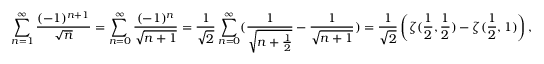
\sum _ { n = 1 } ^ { \infty } \frac { ( - 1 ) ^ { n + 1 } } { \sqrt { n } } = \sum _ { n = 0 } ^ { \infty } \frac { ( - 1 ) ^ { n } } { \sqrt { n + 1 } } = \frac { 1 } { \sqrt { 2 } } \sum _ { n = 0 } ^ { \infty } ( \frac { 1 } { \sqrt { n + \frac { 1 } { 2 } } } - \frac { 1 } { \sqrt { n + 1 } } ) = \frac { 1 } { \sqrt { 2 } } \left( \zeta ( \frac { 1 } { 2 } , \frac { 1 } { 2 } ) - \zeta ( \frac { 1 } { 2 } , 1 ) \right) ,